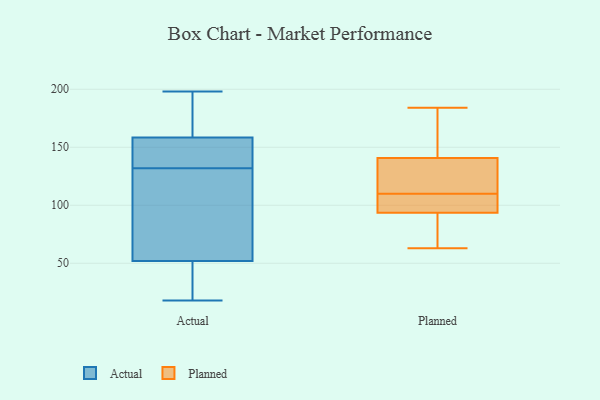
{"axis": {"x": "Active Users", "y": "Value"}, "legend": ["Actual", "Planned"], "data": [{"x": "", "y": 142, "type": "Actual"}, {"x": "", "y": 103, "type": "Actual"}, {"x": "", "y": 47, "type": "Actual"}, {"x": "", "y": 195, "type": "Actual"}, {"x": "", "y": 196, "type": "Actual"}, {"x": "", "y": 159, "type": "Actual"}, {"x": "", "y": 178, "type": "Actual"}, {"x": "", "y": 141, "type": "Actual"}, {"x": "", "y": 198, "type": "Actual"}, {"x": "", "y": 123, "type": "Actual"}, {"x": "", "y": 107, "type": "Actual"}, {"x": "", "y": 55, "type": "Actual"}, {"x": "", "y": 18, "type": "Actual"}, {"x": "", "y": 158, "type": "Actual"}, {"x": "", "y": 43, "type": "Actual"}, {"x": "", "y": 76, "type": "Actual"}, {"x": "", "y": 18, "type": "Actual"}, {"x": "", "y": 49, "type": "Actual"}, {"x": "", "y": 143, "type": "Actual"}, {"x": "", "y": 150, "type": "Actual"}, {"x": "", "y": 184, "type": "Planned"}, {"x": "", "y": 183, "type": "Planned"}, {"x": "", "y": 120, "type": "Planned"}, {"x": "", "y": 101, "type": "Planned"}, {"x": "", "y": 140, "type": "Planned"}, {"x": "", "y": 85, "type": "Planned"}, {"x": "", "y": 91, "type": "Planned"}, {"x": "", "y": 63, "type": "Planned"}, {"x": "", "y": 141, "type": "Planned"}, {"x": "", "y": 110, "type": "Planned"}, {"x": "", "y": 109, "type": "Planned"}]}